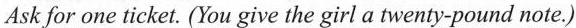
Ask for one ticket. (You give the girl a twenty-pound note.)